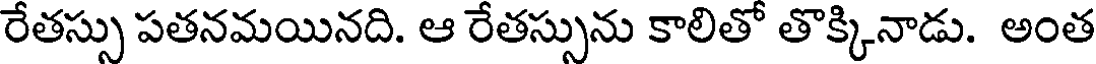
రేతస్సు పతనమయినది. ఆ రేతస్సును కాలితో తొక్కినాడు. అంత